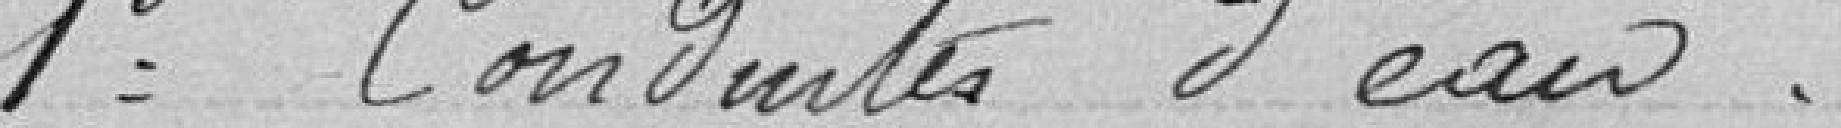
1° Conduite d'eau